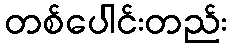
တစ်ပေါင်းတည်း